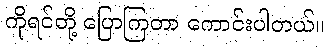
ကိုရင်တို့ ပြောကြတာ ကောင်းပါတယ်။